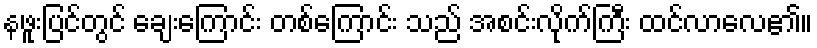
နဖူးပြင်တွင် ချေးကြောင်း တစ်ကြောင်း သည် အစင်းလိုက်ကြီး ထင်လာလေ၏။